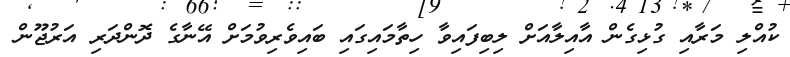
ކުއްލި މަރާއި ގުޅިގެން އާއިލާއަށް ލިބިފައިވާ ހިތާމައިގައި ބައިވެރިވުމަށް އޭނާގެ ދޮންދަރި އަރުޖޫން